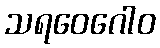
သရဝေဂေါဝ